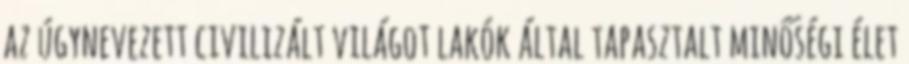
az úgynevezett civilizált világot lakók által tapasztalt minőségi élet